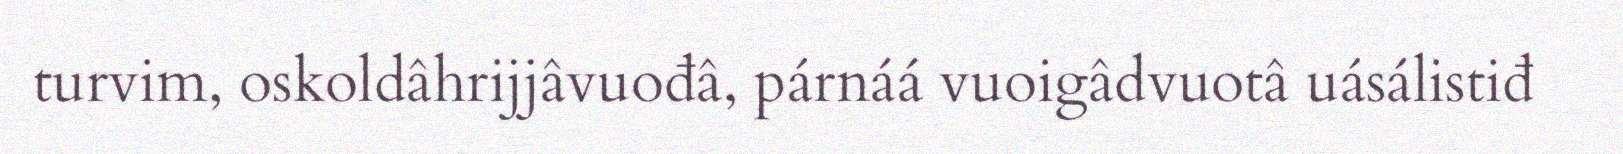
turvim, oskoldâhrijjâvuođâ, párnáá vuoigâdvuotâ uásálistiđ